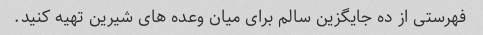
فهرستی از ده جایگزین سالم برای میان وعده های شیرین تهیه کنید.